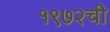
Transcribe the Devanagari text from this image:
१९७२ची